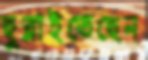
ছুব্‌লাইতেছেন